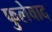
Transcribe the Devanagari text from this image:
फुलेवाद